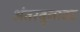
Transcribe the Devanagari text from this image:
अंतरबुनावट